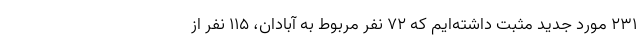
۲۳۱ مورد جدید مثبت داشته‌ایم که ۷۲ نفر مربوط به آبادان، ۱۱۵ نفر از